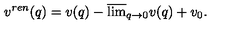
v ^ { r e n } ( q ) = v ( q ) - \overline { { \lim } } _ { q \to 0 } v ( q ) + v _ { 0 } { . }